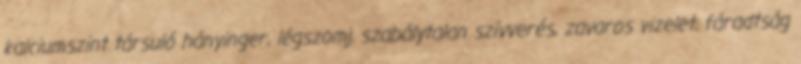
kalciumszint társuló hányinger, légszomj, szabálytalan szívverés, zavaros vizelet, fáradtság